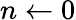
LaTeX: n\leftarrow 0